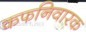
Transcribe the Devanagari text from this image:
कफनिवारक